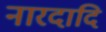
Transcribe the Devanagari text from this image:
नारदादि